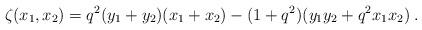
LaTeX: \begin{align*}\zeta(x_1 , x_2) = q^2 (y_1 + y_2) (x_1 + x_2) - (1+q^2)( y_1 y_2 + q^2 x_1 x_2 ) \; .\end{align*}